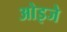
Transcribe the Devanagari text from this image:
ओइजे